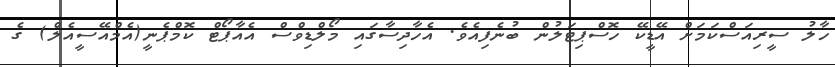
ހާލު ސީރިއަސްކަމަށް އޭޑީކޭ ހޮސްޕިޓަލުން ބުނެފިއެވެ. އެހާދިސާގައި މޯލްޑިވްސް އެއާޕޯޓް ކޮމްޕެނީ(އެމްއޭސީއެލް) ގެ